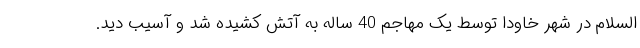
السلام در شهر خاودا توسط یک مهاجم 40 ساله به آتش کشیده شد و آسیب دید.